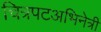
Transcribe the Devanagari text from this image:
चित्रपटअभिनेत्री